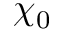
\chi _ { 0 }